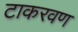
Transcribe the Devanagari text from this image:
टाकरवण